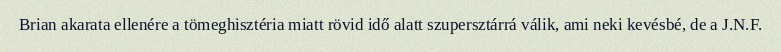
Brian akarata ellenére a tömeghisztéria miatt rövid idő alatt szupersztárrá válik, ami neki kevésbé, de a J.N.F.